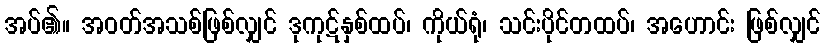
အပ်၏။ အဝတ်အသစ်ဖြစ်လျှင် ဒုကုဋ်နှစ်ထပ်၊ ကိုယ်ရုံ၊ သင်းပိုင်တထပ်၊ အဟောင်း ဖြစ်လျှင်